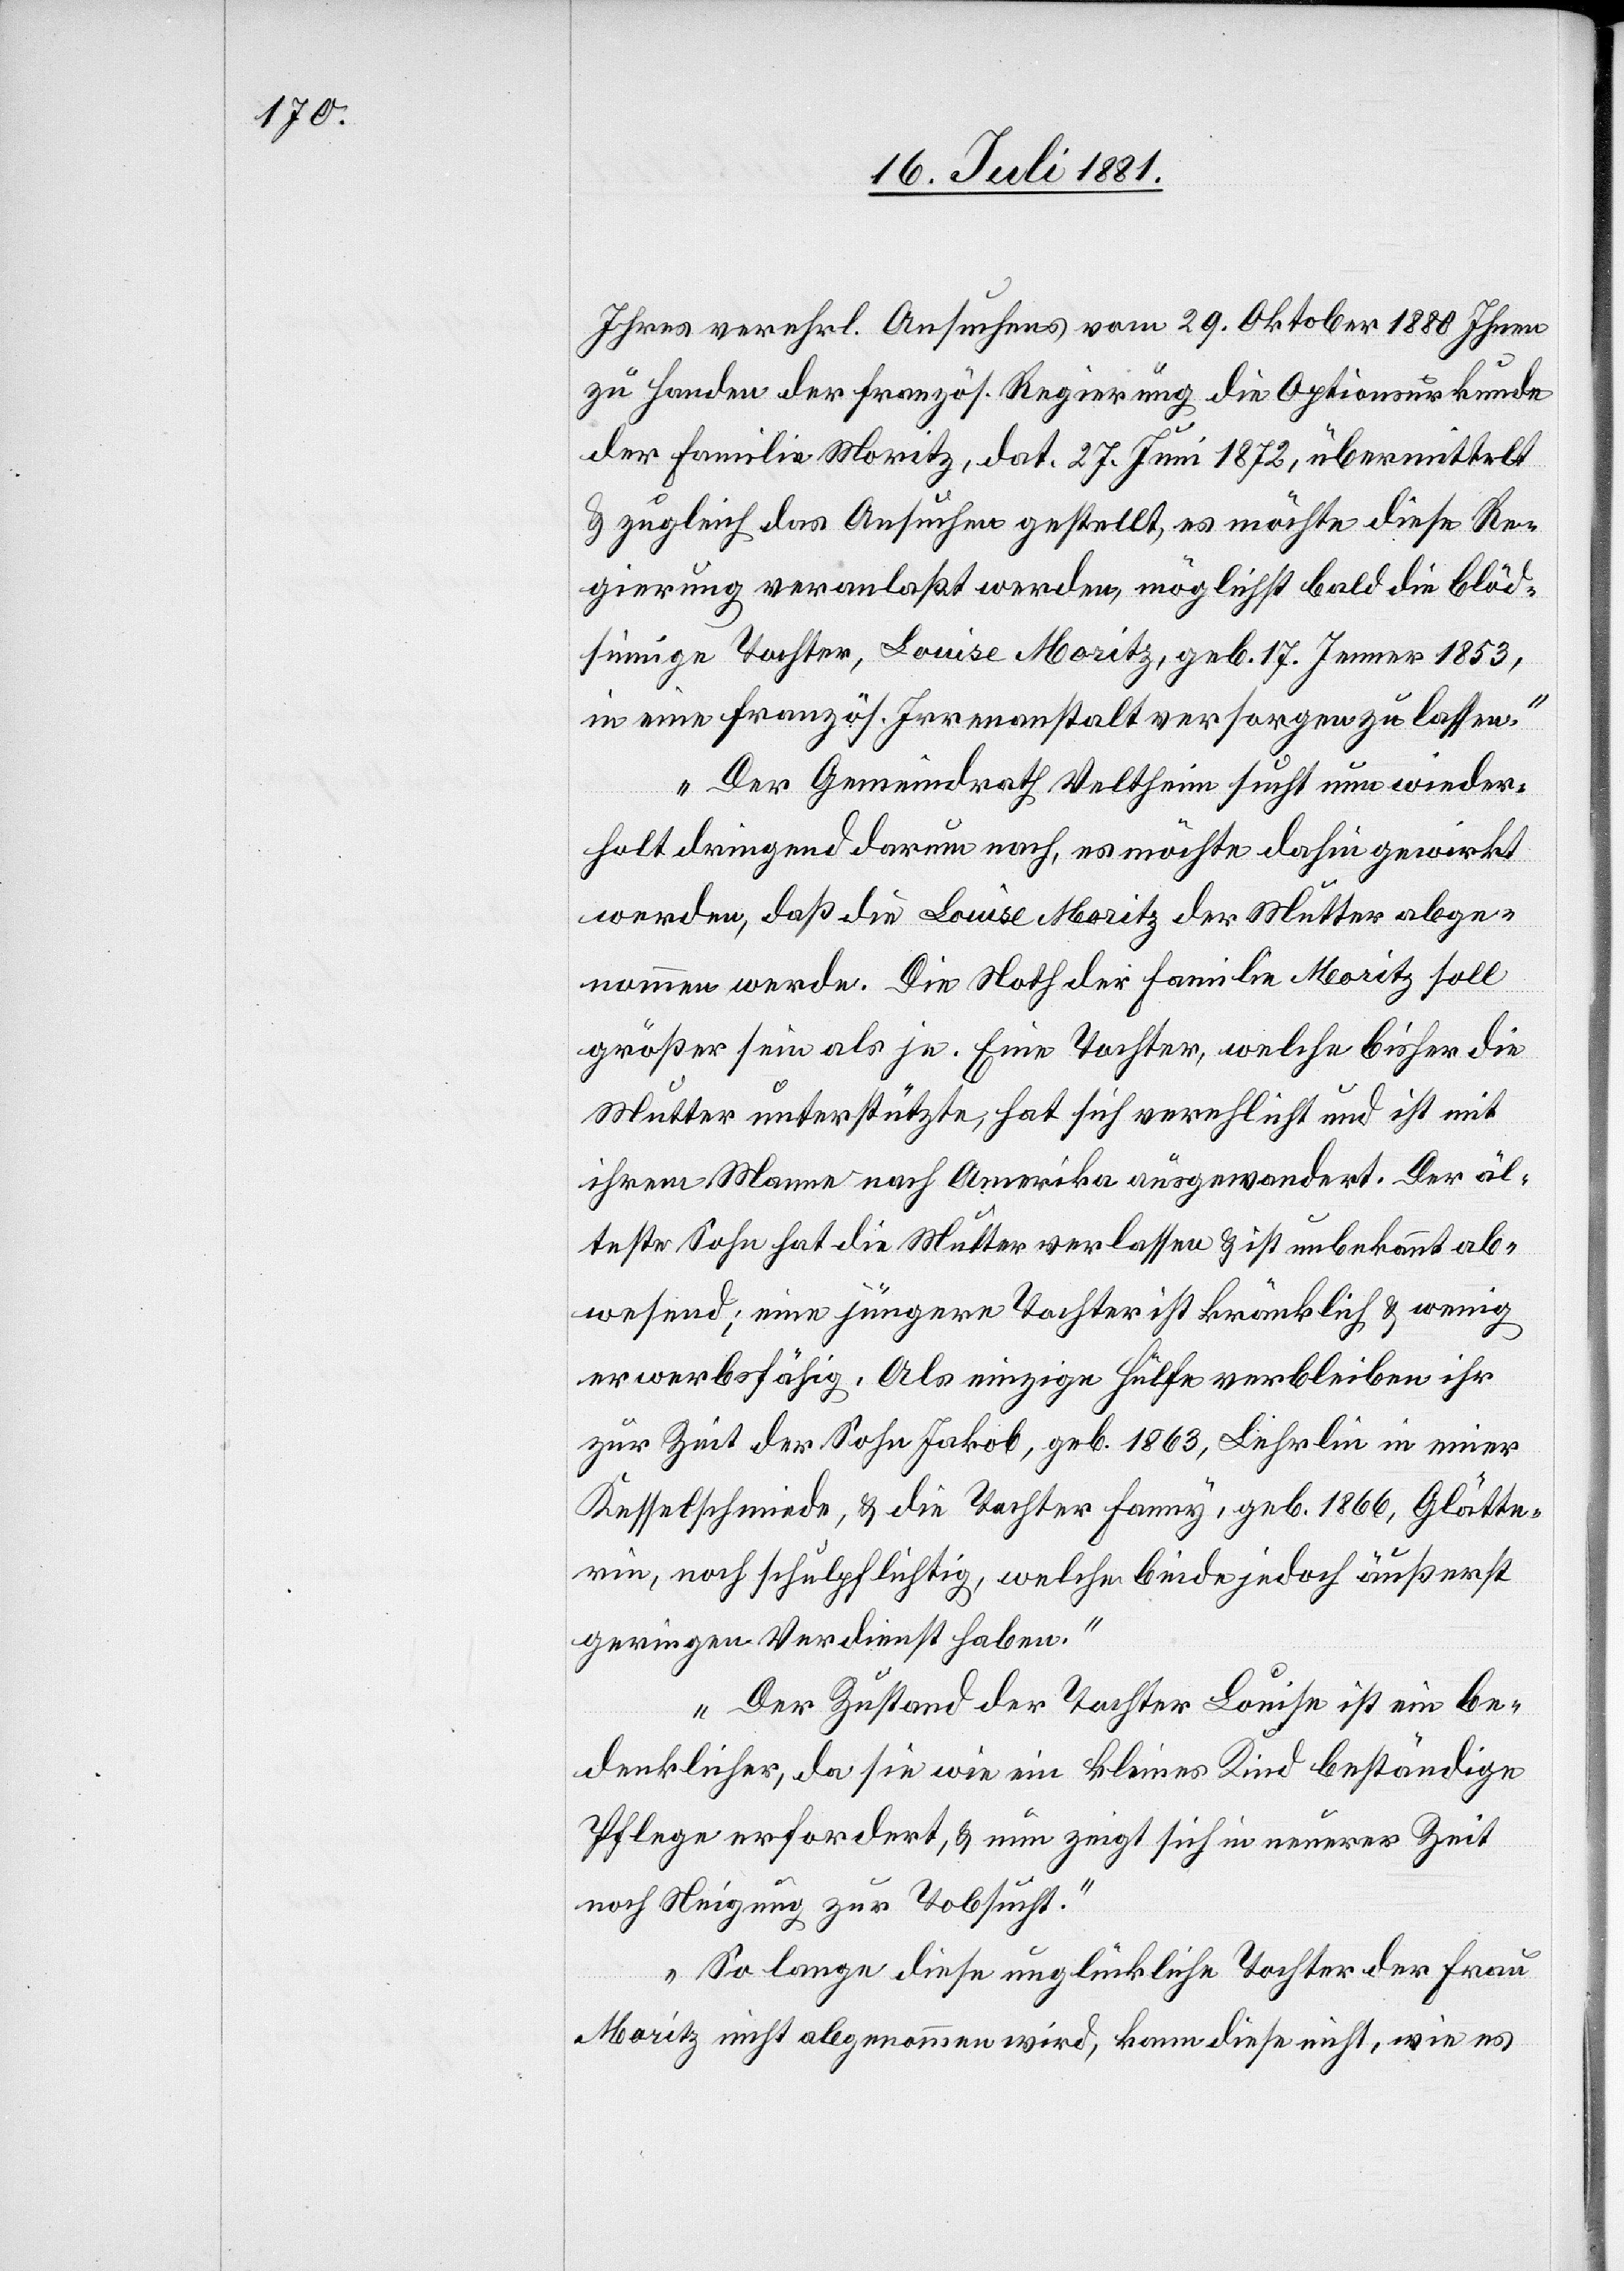
Ihres verehrl. Ansuchens vom 29. Oktober 1880 Ihnen
zu Handen der französ. Regierung die Optionsurkunde
der Familie Moritz, dat. 27. Juni 1872, übermittelt
& zugleich das Ansuchen gestellt, es möchte diese Re¬
gierung veranlaßt werden, möglichst bald die blöd¬
sinnige Tochter, Louise Moritz, geb. 17. Jenner 1853,
in eine französ. Irrenanstalt versorgen zu lassen.
Der Gemeindrath Veltheim sucht nun wieder¬
holt dringend darum nach, es möchte dahin gewirkt
werden, daß die Louise Moritz der Mutter abge¬
nommen werde. Die Noth der Familie Moritz soll
größer sein als je. Eine Tochter, welche bisher die
Mutter unterstützte, hat sich verehlicht und ist mit
ihrem Manne nach Amerika ausgewandert. Der äl¬
teste Sohn hat die Mutter verlassen & ist unbekannt ab¬
wesend; eine jüngere Tochter ist kränklich & wenig
erwerbsfähig. Als einzige Hülfe verbleiben ihr
zur Zeit der Sohn Jakob, geb. 1863, Lerhlin [sic!] in einer
Kesselschmiede, & die Tochter Fanny, geb. 1866, Glätte¬
rin, noch schulpflichtig, welche beide jedoch äußerst
geringen Verdienst haben.
Der Zustand der Tochter Louise ist ein be¬
denklicher, da sie wie ein kleines Kind beständige
Pflege erfordert, & nun zeigt sich in neuerer Zeit
noch Neigung zur Tobsucht.
So lange diese unglückliche Tochter der Frau
Moritz nicht abgenommen wird, kann diese nicht, wie es